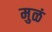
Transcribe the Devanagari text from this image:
मुळं